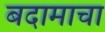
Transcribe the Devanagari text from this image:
बदामाचा